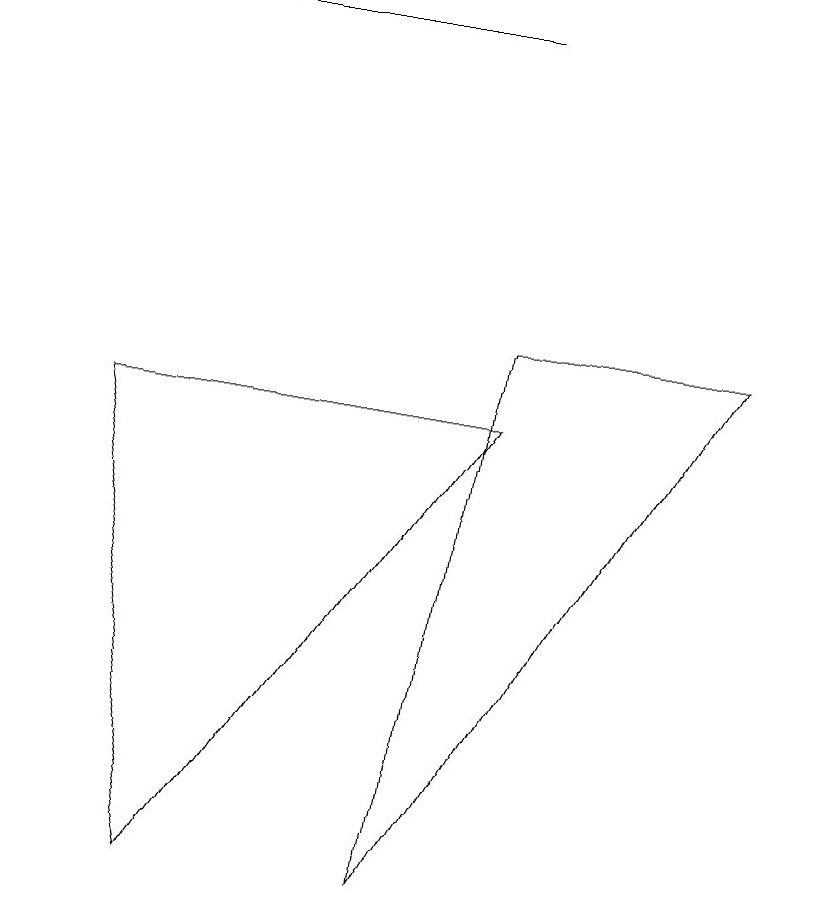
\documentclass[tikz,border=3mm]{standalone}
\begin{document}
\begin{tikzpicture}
\draw (2,2) -- (6,8) -- (1,8) -- cycle;
\draw (5,2) -- (6,9) -- (9,9) -- cycle;
\draw (0,13) rectangle (6,13);
\draw (10,10) circle (0);
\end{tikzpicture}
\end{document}